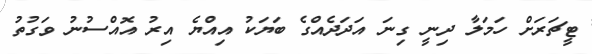
ޓީޗަރަށް ހަމަލާ ދިނީ ގިނަ އަދަދެއްގެ ބަޔަކު އިއްޔެ އިރު އޮއްސުނު ވަގުތު